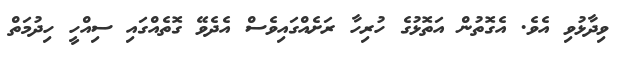
ވިދާޅުވި އެވެ. އެގޮތުން އަތޮޅުގެ ހުރިހާ ރަށެއްގައިވެސް އެދެވޭ ގޮތެއްގައި ސިއްހީ ހިދުމަތް